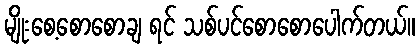
မျိုးစေ့စောစောချ ရင် သစ်ပင်စောစောပေါက်တယ်။